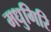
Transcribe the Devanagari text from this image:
मधुगिरि